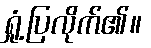
ရှုံ့ပြလိုက်၏။